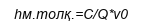
hм.толқ.=C/Q*ν0